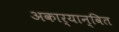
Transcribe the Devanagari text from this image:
अकार्यान्वित